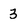
Character: 3